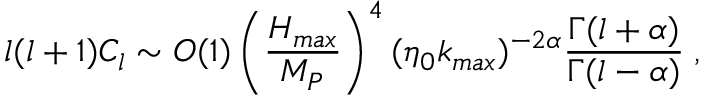
l ( l + 1 ) C _ { l } \sim O ( 1 ) \left( { \frac { H _ { m a x } } { M _ { P } } } \right) ^ { 4 } ( \eta _ { 0 } k _ { m a x } ) ^ { - 2 \alpha } { \frac { \Gamma ( l + \alpha ) } { \Gamma ( l - \alpha ) } } \; ,